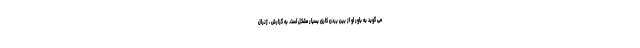
می گوید به باور او از بین بردن کاری بسیار مشکل است. به گزارش ، ژنرال